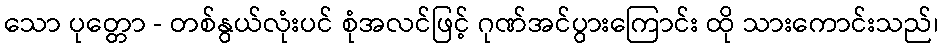
သော ပုတ္တော - တစ်နွယ်လုံးပင် စုံအလင်ဖြင့် ဂုဏ်အင်ပွားကြောင်း ထို သားကောင်းသည်၊